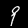
Digit: 9